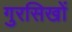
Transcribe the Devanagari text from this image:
गुरसिखों